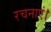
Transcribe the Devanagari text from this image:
रचनाएं।